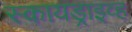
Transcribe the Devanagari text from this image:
स्कायड्राइव्ह